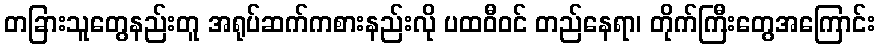
တခြားသူတွေနည်းတူ အရုပ်ဆက်ကစားနည်းလို ပထဝီဝင် တည်နေရာ၊ တိုက်ကြီးတွေအကြောင်း